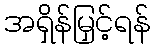
အရှိန်မြှင့်ရန်